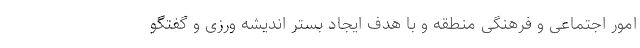
امور اجتماعی و فرهنگی منطقه و با هدف ایجاد بستر اندیشه ورزی و گفتگو